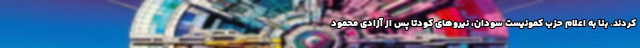
کردند. بنا به اعلام حزب کمونیست سودان، نیروهای کودتا پس از آزادی محمود